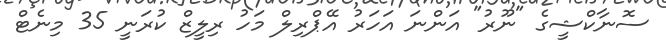
ސޮނާކްޝީގެ "ނޫރު" އަންނަ އަހަރު އޭޕްރިލް މަހު ރިލީޒް ކުރަނީ 35 މިނެޓް